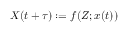
X ( t + \tau ) : = f ( Z ; x ( t ) )